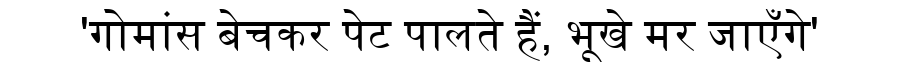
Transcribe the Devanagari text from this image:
'गोमांस बेचकर पेट पालते हैं, भूखे मर जाएँगे'